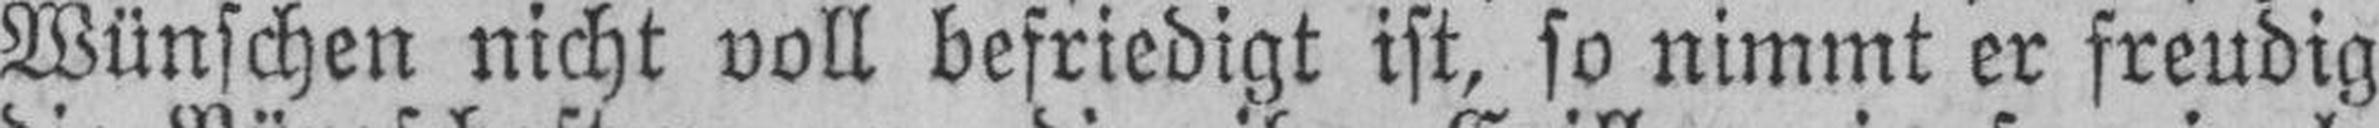
Wünschen nicht voll befriedigt ist, so nimmt er freudig